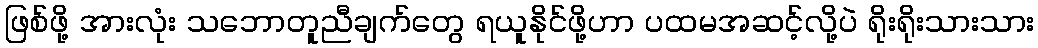
ဖြစ်ဖို့ အားလုံး သဘောတူညီချက်တွေ ရယူနိုင်ဖို့ဟာ ပထမအဆင့်လို့ပဲ ရိုးရိုးသားသား